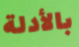
بالأدلة